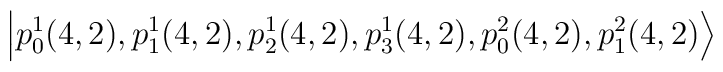
\left|p_{0}^{1}(4,2),p_{1}^{1}(4,2),p_{2}^{1}(4,2),p_{3}^{1}(4,2),p_{0}^{2}(4,2),p_{1}^{2}(4,2)\right\rangle \quad